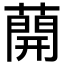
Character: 𦼠